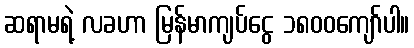
ဆရာမရဲ့ လခဟာ မြန်မာကျပ်ငွေ ၁၈၀၀ကျော်ပါ။